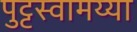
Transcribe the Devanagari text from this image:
पुट्टस्वामय्या